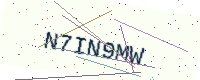
Text: N7IN9MW